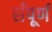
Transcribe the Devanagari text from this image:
सँपूर्ण